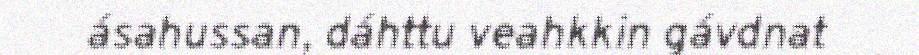
ásahussan, dáhttu veahkkin gávdnat